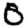
Digit: 0